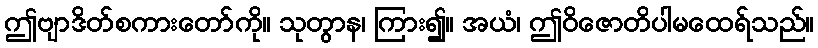
ဤဗျာဒိတ်စကားတော်ကို။ သုတွာန၊ ကြား၍။ အယံ၊ ဤဝိဇောတိပါမထေရ်သည်။